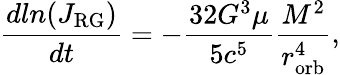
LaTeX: \frac{dln(J_{\mathrm{RG}})}{dt}=-\frac{32G^{3}\mu}{5c^{5}}\frac{M^{2}}{r_{\mathrm{orb}}^{4}},